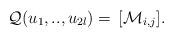
LaTeX: \begin{align*}\mathcal Q(u_1,.., u_{ 2l})= \, [\mathcal M_{i,j}].\end{align*}